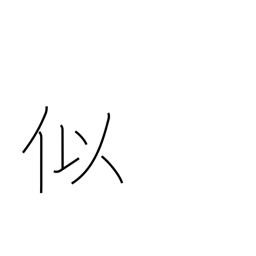
Meaning: counterfeit